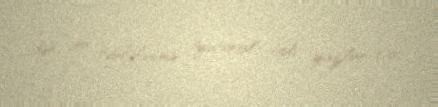
dən çox təsdiqlənmiş tyutorial tipli yazılar var.